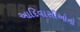
આદિવાસીઓનો